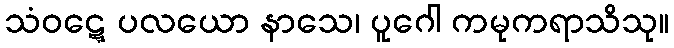
သံဝဋ္ဋေ ပလယော နာသေ၊ ပူဂေါ ကမုကရာသိသု။